Medical and sanitary report of the native army of Bengal for the year
Year: 1874
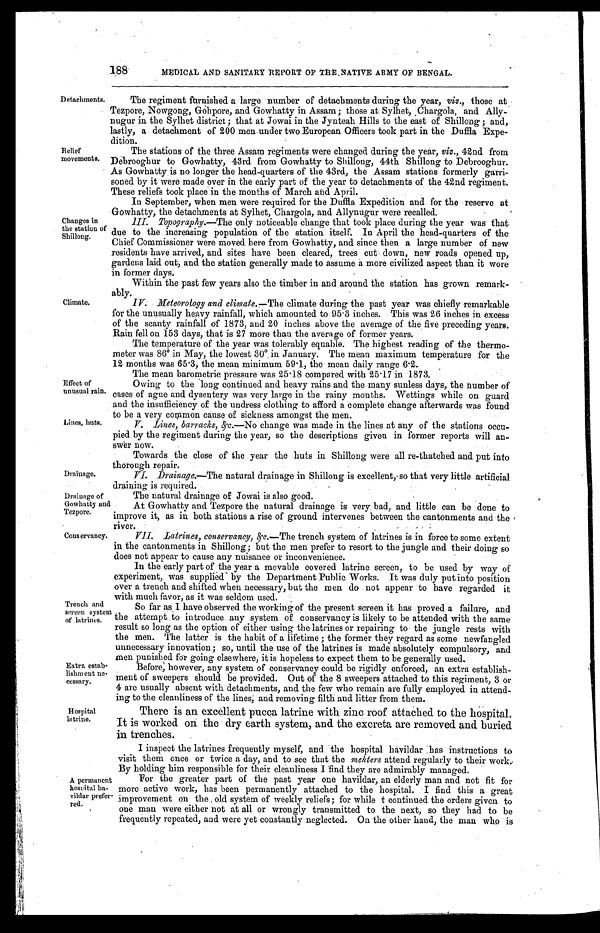
188
MEDICAL AND SANITARY REPORT OF THE NATIVE ARMY OF BENGAL.
Detachments.
Relief
movements.
The regiment furnished a large number of detachments during the year, viz., those at
Tezpore, Nowgong, Gohpore, and Gowhatty in Assam ; those at Sylhet, Chargola, and Ally-
nugur in the Sylhet district ; that at Jowai in the Jynteah Hills to the east of Shillong ; and,
lastly, a detachment of 200 men under two European Officers took part in the Duffla Expe-
dition.
The stations of the three Assam regiments were changed during the year, viz., 42nd from
Debrooghur to Gowhatty, 43rd from Gowhatty to Shillong, 44th Shillong to Debrooghur.
As Gowhatty . is no longer the head-quarters of the 43rd, the Assam stations formerly garri-
soned by it were made over in the early part of the year to detachments of the 42nd regiment.
These reliefs took place in the months of March and April.
In September, when men were required for the Duffla Expedition and for the reserve at
Gowhatty, the detachments at Sylhet, Chargola, and Allynugur were recalled.
Changes in
the station of
Shillong.
Climate.
III. Topography.—The only noticeable change that took place during the year was that
due to the increasing population of the station itself. In April the head-quarters of the
Chief Commissioner were moved here from Gowhatty, and since then a large number of new
residents have arrived, and sites have been cleared, trees cut down, new roads opened up,
gardens laid out, and the station generally made to assume a more civilized aspect than it wore
in former days.
Within the past few years also the timber in and around the station has grown remark
ably.
IV. Meteorology and climate.— The climate during the past year was chiefly remarkable
for the unusually heavy rainfall, which amounted to 95.3 inches. This was 26 inches in excess
of the scanty rainfall of 1873, and 20 inches above the average of the five preceding years.
Rain fell on 153 days, that is 27 more than the average of former years.
The temperature of the year was tolerably equable. The highest reading of the thermo-
meter was 86˚ in May, the lowest 30˚ in January. The mean maximum temperature for the
12 months was 65 .3, the mean minimum 59 . 1, the mean daily range 6.2.
The mean barometric pressure was 25 . 18 compared with 25 . 17 in 1873.
Effect of
unusual rain.
Lines, huts.
Owing to the long Continued and heavy rains and the many sunless days, the number of
cases of ague and dysentery was very large in the rainy months. Wettings while on guard
and the insufficiency of the undress clothing to afford a complete change afterwards was found
to be a very common cause of sickness amongst the men.
V. Lines, barracks, &c.—No change was made in the lines at any of the stations occu-
pied by the regiment during the year, so the descriptions given in former reports will an-
swer now.
Towards the close of the year the huts in Shillong were all re-thatched and put into
thorough repair.
Drainage.
Drainage of
Gowhatty and
Tezpore.
VI.Drainage.—Thenatural drainage in Shillong is excellent, so that very little artificial
draining is required.
The natural drainage of Jowai is also good.
At Gowhatty and Tezpore the natural drainage is very bad, and little can be done to
improve it, as in both stations a rise of ground intervenes between the cantonments and the
river.
Conservancy.
Trench and
screen system
of latrines.
Extra estab-
lishment ne-
cessary.
Hospital
latrine.
VII. Latrines, conservancy, &c.— The trench system of latrines is in force to some extent
in the cantonments in Shillong ; but the men prefer to resort to the jungle and their doing so
does not appear to cause any nuisance or inconvenience.
In the early part of the year a movable covered latrine screen, to be used by way of
experiment, was supplied by the Department Public Works. It was duly put into position
over a trench and shifted when necessary, but the men do not appear to have regarded it
with much favor, as it was seldom used.
So far as I have observed the working of the present screen it has proved a failure, and
the attempt to introduce any system of conservancy is likely to be attended with the same
result so long as the option of either using the latrines or repairing to the jungle rests with
the men. The latter is the habit of a lifetime ; the former they regard as some newfangled
unnecessary innovation ; so, until the use of the latrines is made absolutely compulsory, and
men punished for going elsewhere, it is hopeless to expect them to be generally used.
Before, however, any system of conservancy could be rigidly enforced, an extra establish-
ment of sweepers should be provided. Out of the 8 sweepers attached to this regiment, 3 or
4 are usually absent with detachments, and the few who remain are fully employed in attend-
ing to the cleanliness of the lines, and removing filth and litter from them.
There is an excellent pucca latrine with zinc roof attached to the hospital.
It is worked on the dry earth system, and the excreta are removed and buried
in trenches.
I inspect the latrines frequently myself, and the hospital havildar has instructions to
visit them once or twice a day, and to see that the mehters attend regularly to their work.
By holding him responsible for their cleanliness I find they are admirably managed.
A permanent
hospital ha-
vildar prefer-
red.
For the greater part of the past year one havildar, an elderly man and not fit for
more active work, has been permanently attached to the hospital. I find this a great
improvement on the old system of weekly reliefs ; for while t continued the orders given to
one man were either not at all or wrongly transmitted to the next, so they had to be
frequently repeated, and were yet constantly neglected. On the other hand, the man who is